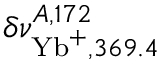
\delta \nu _ { \mathrm { Y b } ^ { + } , 3 6 9 . 4 } ^ { A , 1 7 2 }